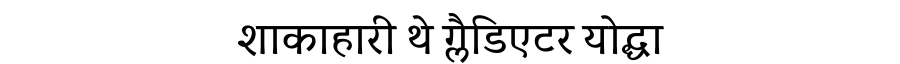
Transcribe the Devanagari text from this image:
शाकाहारी थे ग्लैडिएटर योद्धा